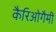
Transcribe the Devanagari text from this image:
कैरिओगैमी